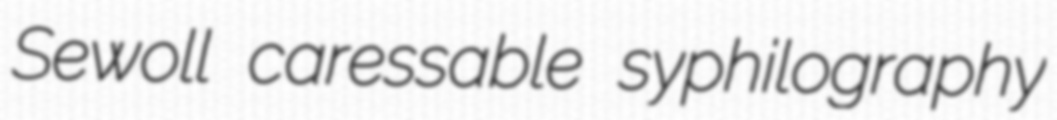
Sewoll caressable syphilography